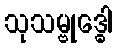
သုသမ္ဗုဒ္ဓေါ